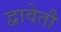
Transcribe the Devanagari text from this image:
द्वावेतौ